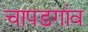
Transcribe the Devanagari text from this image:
चापडगांव